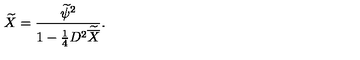
\widetilde X = { \frac { \widetilde \psi ^ { 2 } } { 1 - { \frac { 1 } { 4 } } D ^ { 2 } \widetilde { \overline { X } } } } .